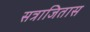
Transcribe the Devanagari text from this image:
सत्राजितास